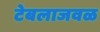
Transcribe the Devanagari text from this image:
टेबलाजवळ